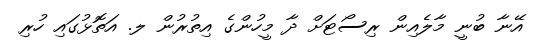
އޭނާ ބުނީ މާލެއިން ރިސޯޓަށް ދާ މީހުންގެ އިތުރުން ލ. އަތޮޅުގައި ހުރި